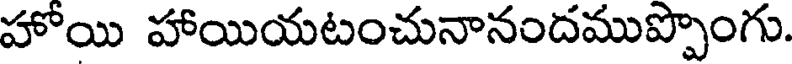
హోయి హాయియటంచునానందముప్పాంగు.